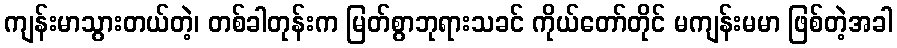
ကျန်းမာသွားတယ်တဲ့၊ တစ်ခါတုန်းက မြတ်စွာဘုရားသခင် ကိုယ်တော်တိုင် မကျန်းမမာ ဖြစ်တဲ့အခါ